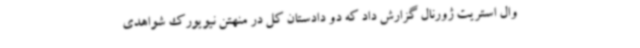
وال استریت ژورنال گزارش داد که دو دادستان کل در منهتن نیویورک شواهدی